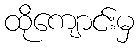
ထိုကျောင်းမှ